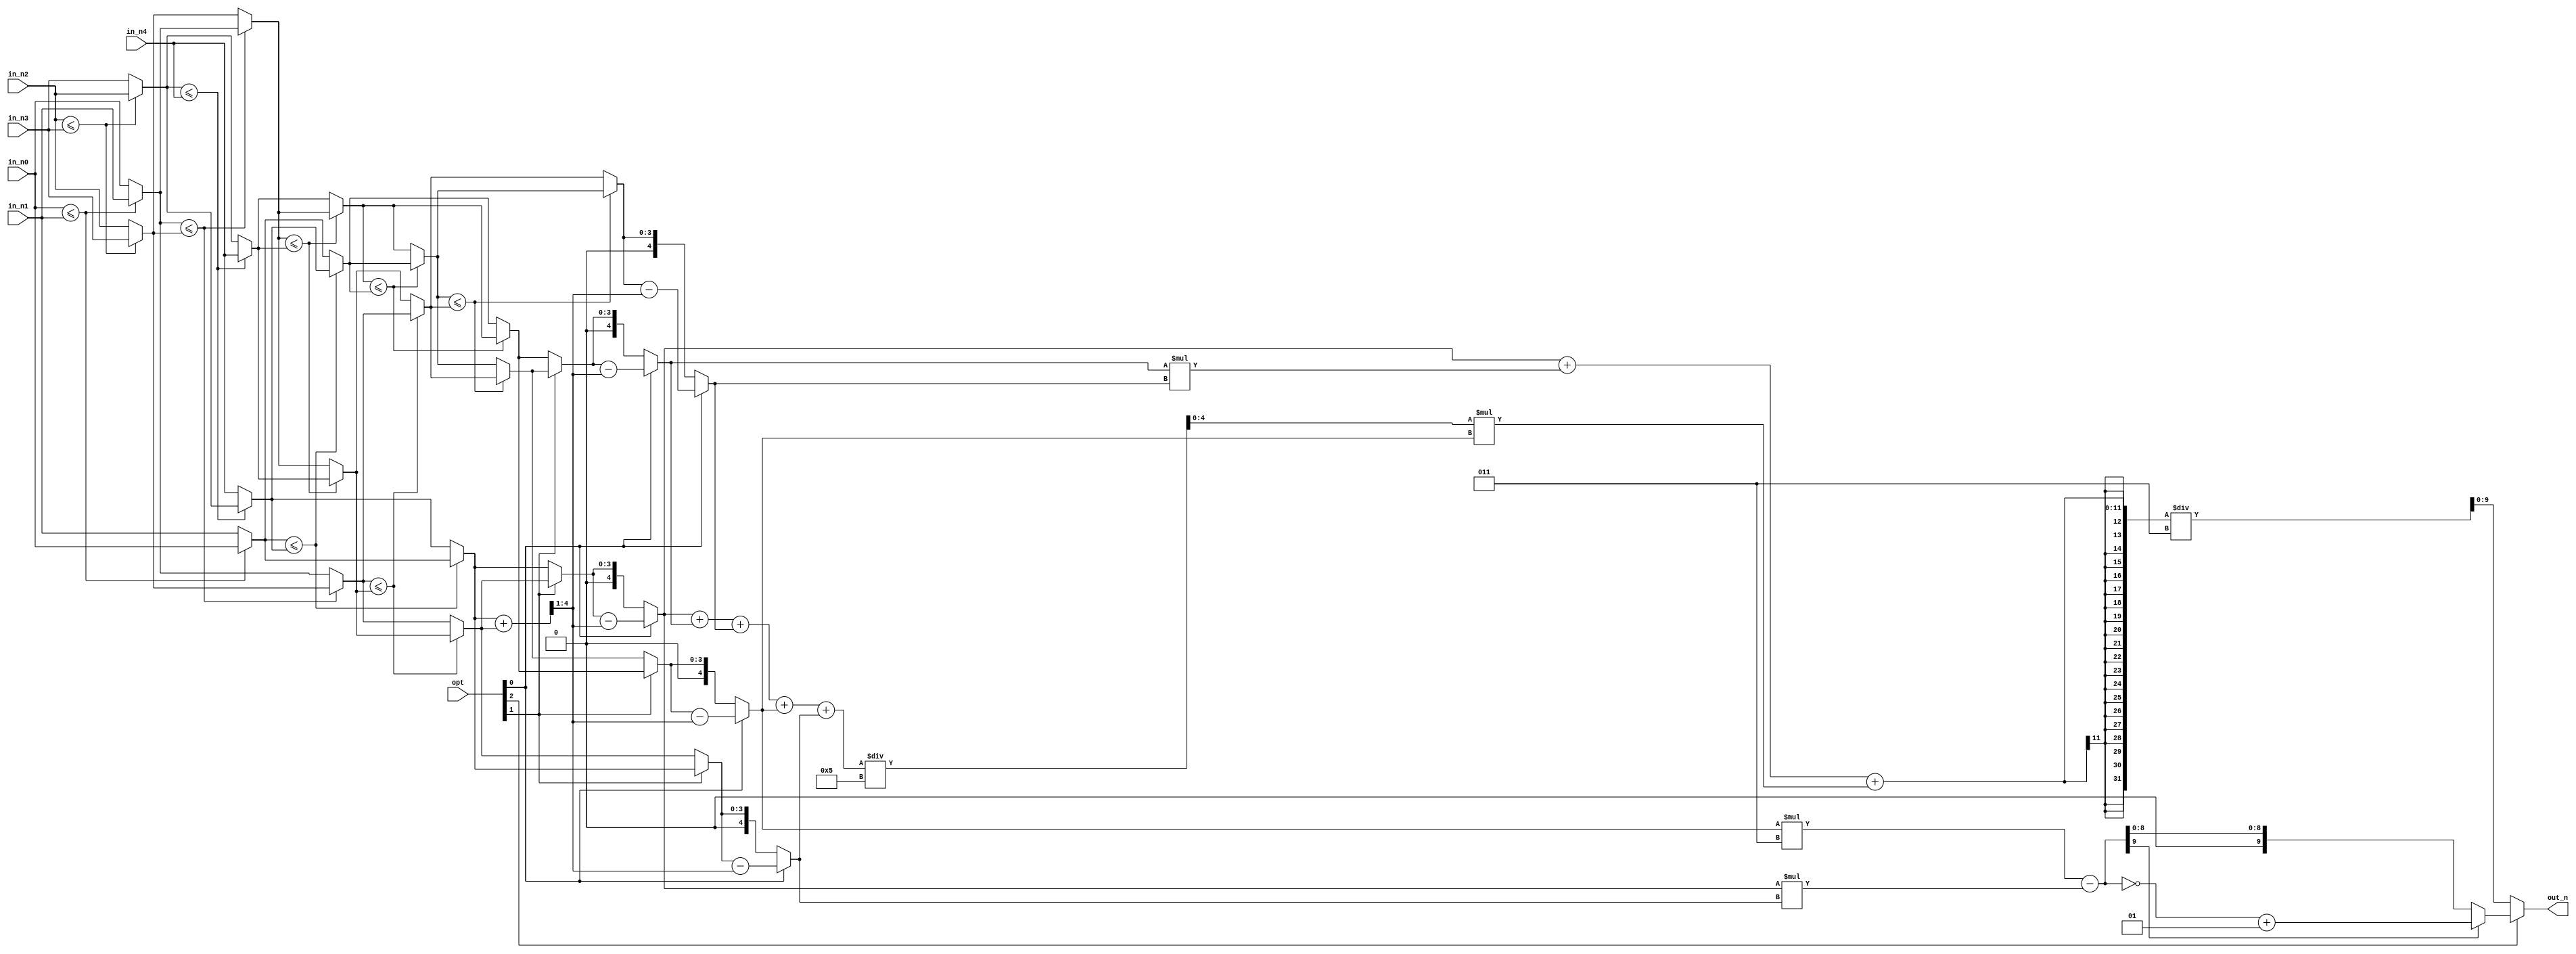
module CC(
  // Input signals
    opt,
    in_n0, in_n1, in_n2, in_n3, in_n4,  
  // Output signals
    out_n
);


input [3:0] in_n0, in_n1, in_n2, in_n3, in_n4;
input [2:0] opt;
output  [9:0] out_n;
///output reg [9:0] out_n;         					


//==================================================================
// reg & wire
//==================================================================

wire [3:0] n0_fir,n1_fir,n2_fir,n3_fir,n4_fir;
wire [3:0] n0_sec,n1_sec,n2_sec,n3_sec,n4_sec;
wire [3:0] n0_thi,n1_thi,n2_thi,n3_thi,n4_thi;
wire [3:0] n0_fou,n1_fou,n2_fou,n3_fou,n4_fou;
wire [3:0] n0_fif,n1_fif,n2_fif,n3_fif,n4_fif;
wire [4:0] avg2;
wire [3:0] avg3;
wire signed[7:0] sum;
wire [3:0] n01,n11,n21,n31,n41;
//wire signed[4:0] n01,n11,n21,n31,n41;

wire signed[4:0] avg;
wire signed[4:0] n0,n1,n2,n3,n4;
wire signed[9:0] out;
wire signed[9:0] out_1;
wire signed[9:0] out_n;




/////Sorting network for 5 inputs, 9 CEs //////////////////
///////////////// first change //////////
assign n0_fir = in_n0 <= in_n1 ? in_n0 : in_n1;
assign n1_fir = in_n0 <= in_n1 ? in_n1 : in_n0;
					   
assign n2_fir = in_n2 <= in_n3 ? in_n2 : in_n3;
assign n3_fir = in_n2 <= in_n3 ? in_n3 : in_n2;

assign n4_fir = in_n4 ;

///////////////// second change /////////
assign n0_sec = n0_fir;

assign n1_sec = n1_fir <= n3_fir ? n1_fir : n3_fir ;
assign n3_sec = n1_fir <= n3_fir ? n3_fir : n1_fir ;

assign n2_sec = n2_fir <= n4_fir ? n2_fir : n4_fir ;
assign n4_sec = n2_fir <= n4_fir ? n4_fir : n2_fir ;
	
///////////////// third change  /////////
assign n1_thi = n1_sec <= n4_sec ? n1_sec : n4_sec ;
assign n4_thi = n1_sec <= n4_sec ? n4_sec : n1_sec ;

assign n0_thi = n0_sec <= n2_sec ? n0_sec : n2_sec ;
assign n2_thi = n0_sec <= n2_sec ? n2_sec : n0_sec ;
	
assign n3_thi = n3_sec;

///////////////// Fourth change  //////////	
assign n1_fou = n1_thi <= n2_thi ? n1_thi  : n2_thi ;
assign n2_fou = n1_thi <= n2_thi ? n2_thi  : n1_thi ;
										  
assign n3_fou = n3_thi <= n4_thi ? n3_thi  : n4_thi ;
assign n4_fou = n3_thi <= n4_thi ? n4_thi  : n3_thi ;

assign n0_fou = n0_thi;

///////////////// Fifth change  //////////	
assign n2_fif = n2_fou <= n3_fou ? n2_fou  : n3_fou ;
assign n3_fif = n2_fou <= n3_fou ? n3_fou  : n2_fou ;

assign n0_fif = n0_fou;
assign n1_fif = n1_fou;
assign n4_fif = n4_fou;
///////////////////////////////////////////////////////////


assign n01 = opt[1]  ? n4_fif  :  n0_fif;
assign n11 = opt[1]  ? n3_fif  :  n1_fif;
assign n21 = opt[1]  ? n2_fif  :  n2_fif;                    
assign n31 = opt[1]  ? n1_fif  :  n3_fif; 
assign n41 = opt[1]  ? n0_fif  :  n4_fif;


assign avg2 = (n0_fif+n4_fif) ;
assign avg3 = avg2 >> 1 ;	

assign n0 = opt[0]  ? n01-avg3 : n01 ;
assign n1 = opt[0]  ? n11-avg3 : n11 ;
assign n2 = opt[0]  ? n21-avg3 : n21 ;
assign n3 = opt[0]  ? n31-avg3 : n31 ;
assign n4 = opt[0]  ? n41-avg3 : n41 ;



assign out = n3*3-n0*n4 ;
assign out_1 = out[9]  ? ~out+1 : out ;
assign sum = n0+n1+n2+n3+n4 ; 
assign avg = sum/5;
assign out_n = opt[2]  ? out_1 : (n0+n1*n2+avg*n3)/3;






endmodule